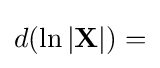
d(\ln |\mathbf {X} |)=